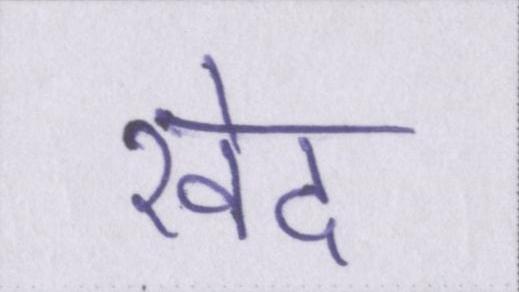
खेद